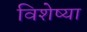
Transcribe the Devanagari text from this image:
विशेष्या